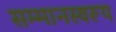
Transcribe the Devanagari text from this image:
सम्‍मानस्‍वरूप